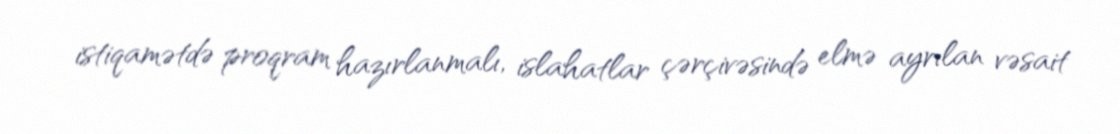
istiqamətdə proqram hazırlanmalı, islahatlar çərçivəsində elmə ayrılan vəsait